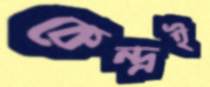
কেন্দ্রই